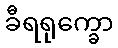
ခီရရုက္ခော